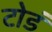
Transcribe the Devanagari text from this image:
टोडं